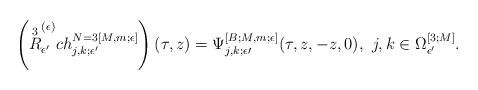
LaTeX: \begin{align*}\left(\overset{3}{R}^{(\epsilon)}_{\epsilon^\prime} ch^{N=3[M,m;\epsilon]}_{j,k;\epsilon^\prime}\right)(\tau,z) = \Psi^{[B;M, m;\epsilon]}_{j,k;\epsilon\prime}(\tau,z,-z,0),\,\,j,k\in \Omega^{[3;M]}_{\epsilon^\prime}.\end{align*}